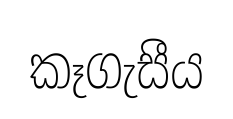
කෑගැසීය